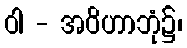
ဝါ - အဝိဟာဘုံ၌၊